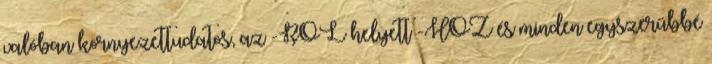
valóban környezettudatos, az -RÓL helyett -HOZ és minden egyszerűbbé